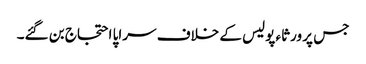
جس پر ورثاء پولیس کے خلاف سراپا احتجاج بن گئے۔